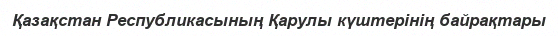
Қазақстан Республикасының Қарулы күштерінің байрақтары